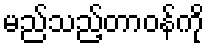
မည်သည့်တာဝန်ကို